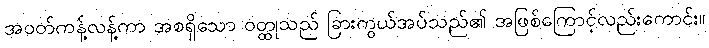
အဝတ်ကန့်လန့်ကာ အစရှိသော ဝတ္ထုသည် ခြားကွယ်အပ်သည်၏ အဖြစ်ကြောင့်လည်းကောင်း။